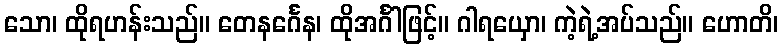
သော၊ ထိုရဟန်းသည်။ တေနင်္ဂေန၊ ထိုအင်္ဂါဖြင့်။ ဂါရယှော၊ ကဲ့ရဲ့အပ်သည်။ ဟောတိ၊